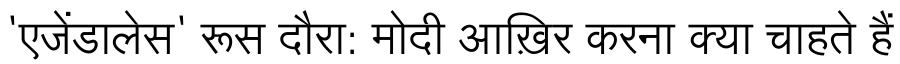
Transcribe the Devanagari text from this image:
'एजेंडालेस' रूस दौरा: मोदी आख़िर करना क्या चाहते हैं